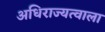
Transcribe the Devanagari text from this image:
अधिराज्यत्वाला